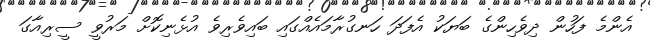
އެންމެ ފަހުން ދިވެހިންގެ ބަޔަކު އެފަދަ ހަނގުރާމައެއްގައި ބައިވެރިވެ އުޅެނިކޮށް މަރުވީ ސީރިއާގަ